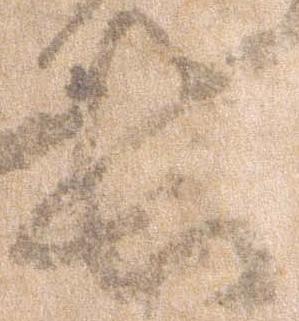
長